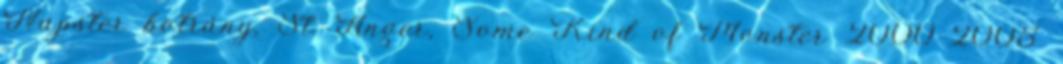
Napster botrány, St. Anger, Some Kind of Monster 2000–2005